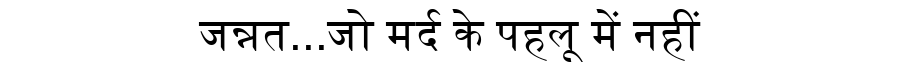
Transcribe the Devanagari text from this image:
जन्नत...जो मर्द के पहलू में नहीं